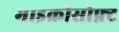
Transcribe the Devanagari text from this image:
माइक्रोसोफ़्ट